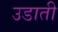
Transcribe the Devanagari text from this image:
उडाती